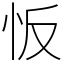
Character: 㤆